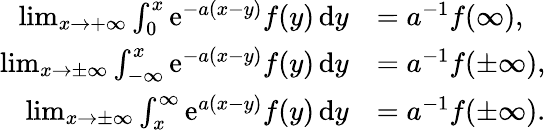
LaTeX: \begin{array}{rl}{\operatorname*{lim}_{x\to+\infty}\int_{0}^{x}\mathrm{e}^{-a(x-y)}f(y)\, \mathrm{d}y}&{=a^{-1}f(\infty),}\\ {\operatorname*{lim}_{x\to\pm\infty}\int_{-\infty}^{x}\mathrm{e}^{-a(x-y)}f(y)\, \mathrm{d}y}&{=a^{-1}f(\pm\infty),}\\ {\operatorname*{lim}_{x\to\pm\infty}\int_{x}^{\infty}\mathrm{e}^{a(x-y)}f(y)\, \mathrm{d}y}&{=a^{-1}f(\pm\infty).}\end{array}